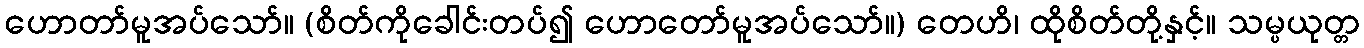
ဟောတာ်မူအပ်သော်။ (စိတ်ကိုခေါင်းတပ်၍ ဟောတော်မူအပ်သော်။) တေဟိ၊ ထိုစိတ်တို့နှင့်။ သမ္ပယုတ္တ